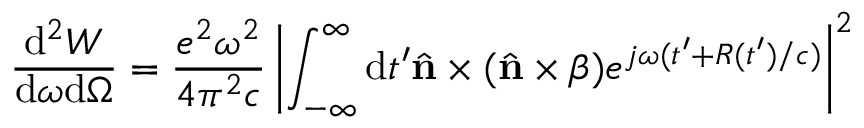
\frac { \mathrm { d } ^ { 2 } W } { \mathrm { d } \omega \mathrm { d } \Omega } = \frac { e ^ { 2 } \omega ^ { 2 } } { 4 \pi ^ { 2 } c } \left\vert \int _ { - \infty } ^ { \infty } \mathrm { d } t ^ { \prime } { \hat { \mathbf { n } } \times ( \hat { \mathbf { n } } \times \boldsymbol { \beta } ) } e ^ { j \omega ( t ^ { \prime } + R ( t ^ { \prime } ) / c ) } \right\vert ^ { 2 }